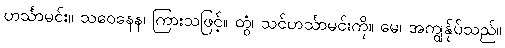
ဟင်္သာမင်း။ သဝေနေန၊ ကြားသဖြင့်။ တွံ၊ သင်ဟင်္သာမင်းကို။ မေ၊ အကျွန်ုပ်သည်။